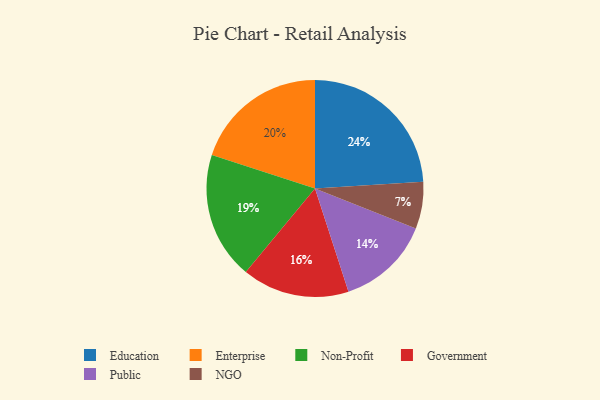
{"axis": {"x": "Category", "y": "Percentage"}, "legend": ["Education", "Enterprise", "Government", "NGO", "Non-Profit", "Public"], "data": [{"x": "NGO", "y": 7, "type": "NGO"}, {"x": "Government", "y": 16, "type": "Government"}, {"x": "Enterprise", "y": 20, "type": "Enterprise"}, {"x": "Education", "y": 24, "type": "Education"}, {"x": "Non-Profit", "y": 19, "type": "Non-Profit"}, {"x": "Public", "y": 14, "type": "Public"}]}